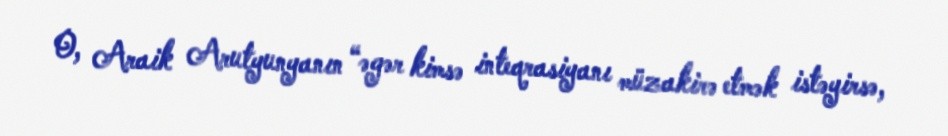
O, Araik Arutyunyanın “əgər kimsə inteqrasiyanı müzakirə etmək istəyirsə,